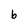
Character: b